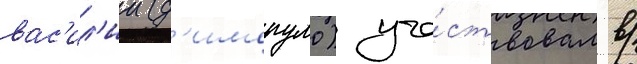
вас'ил'ии (д'имопуло) уча́ствовал в